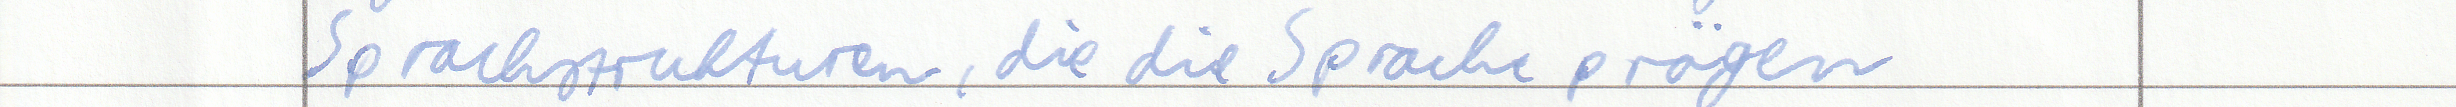
Sprachstrukturen, die die Sprache prägen